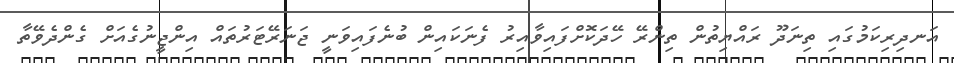
އަނދިރިކަމުގައި ތިނަދޫ ރައްޔިތުން ތިންރޭ ހޭދަކޮށްފައިވާއިރު ފެނަކައިން ބުނެފައިވަނީ ޖަނަރޭޓަރުތައް އިންޖީނުގެއަށް ގެންދެވޭތާ